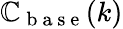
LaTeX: \mathbb{C}_{\mathrm{{~b~a~s~e~}}}(k)